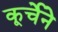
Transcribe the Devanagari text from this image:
कूर्चेने